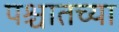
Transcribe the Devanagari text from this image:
पश्चातच्या